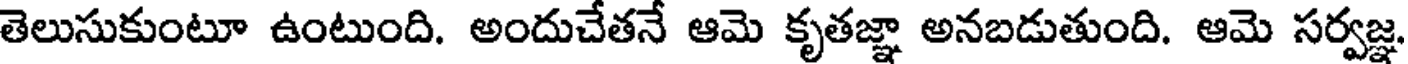
తెలుసుకుంటూ ఉంటుంది. అందుచేతనే ఆమె కృతజ్ఞా అనబడుతుంది. ఆమె సర్వజ్ఞ